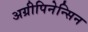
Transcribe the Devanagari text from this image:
अग्रीपिनेन्सिन